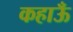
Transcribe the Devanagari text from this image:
कहाऊँ